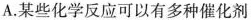
A.某些化学反应可以有多种催化剂